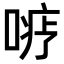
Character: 𪡦